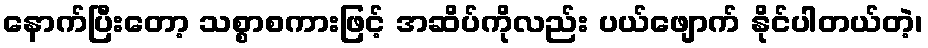
နောက်ပြီးတော့ သစ္စာစကားဖြင့် အဆိပ်ကိုလည်း ပယ်ဖျောက် နိုင်ပါတယ်တဲ့၊